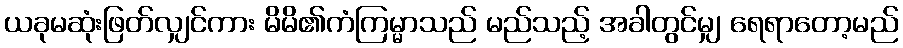
ယခုမဆုံးဖြတ်လျှင်ကား မိမိ၏ကံကြမ္မာသည် မည်သည့် အခါတွင်မျှ ရေရာတော့မည်